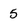
Character: 5